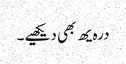
درہ یھ بھی دیکھیے۔